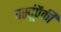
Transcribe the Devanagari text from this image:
वस्तूंपैकी